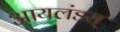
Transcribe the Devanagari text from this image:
आयलंडस्